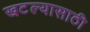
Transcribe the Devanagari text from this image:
खटल्यासाठी